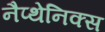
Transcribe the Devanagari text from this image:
नैप्थेनिक्स